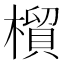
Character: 橮